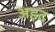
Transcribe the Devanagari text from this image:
अड़द